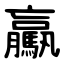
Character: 驘